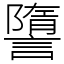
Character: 䜐